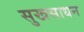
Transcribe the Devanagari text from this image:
सुखसाधन